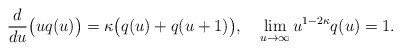
\begin{align*}\frac{d}{du}\bigl(uq(u)\bigr)=\kappa\bigl(q(u)+q(u+1)\bigr),\quad\lim_{u\to\infty}u^{1-2\kappa}q(u)=1.\end{align*}